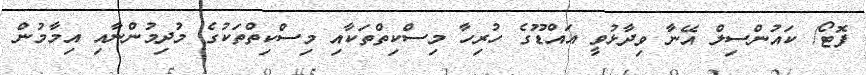
ފޮޓޯ/ ކައުންސިލް އޭނާ ވިދާޅުވީ އައްޑޫގެ ހުރިހާ މިސްކިތްތަކާއި މިސްކިތްތަކުގެ މުދިމުންނާއި އިމާމުން